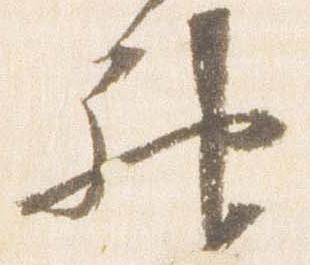
神